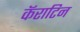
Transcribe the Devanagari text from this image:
कॅराटिन